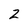
Character: z